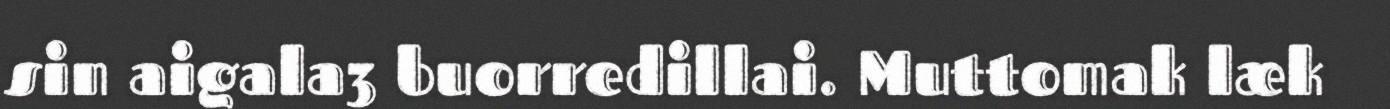
sin aigala3 buorredillai. Muttomak læk